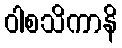
ဝါစသိကာနိ